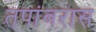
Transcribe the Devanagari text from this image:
तपांबरास